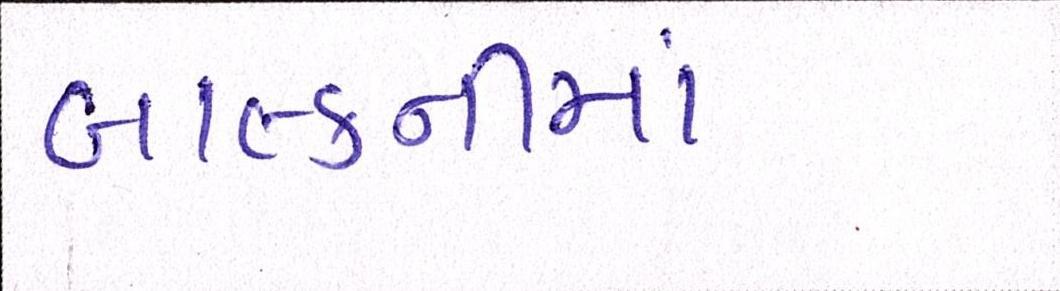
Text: બાલ્કનીમાં